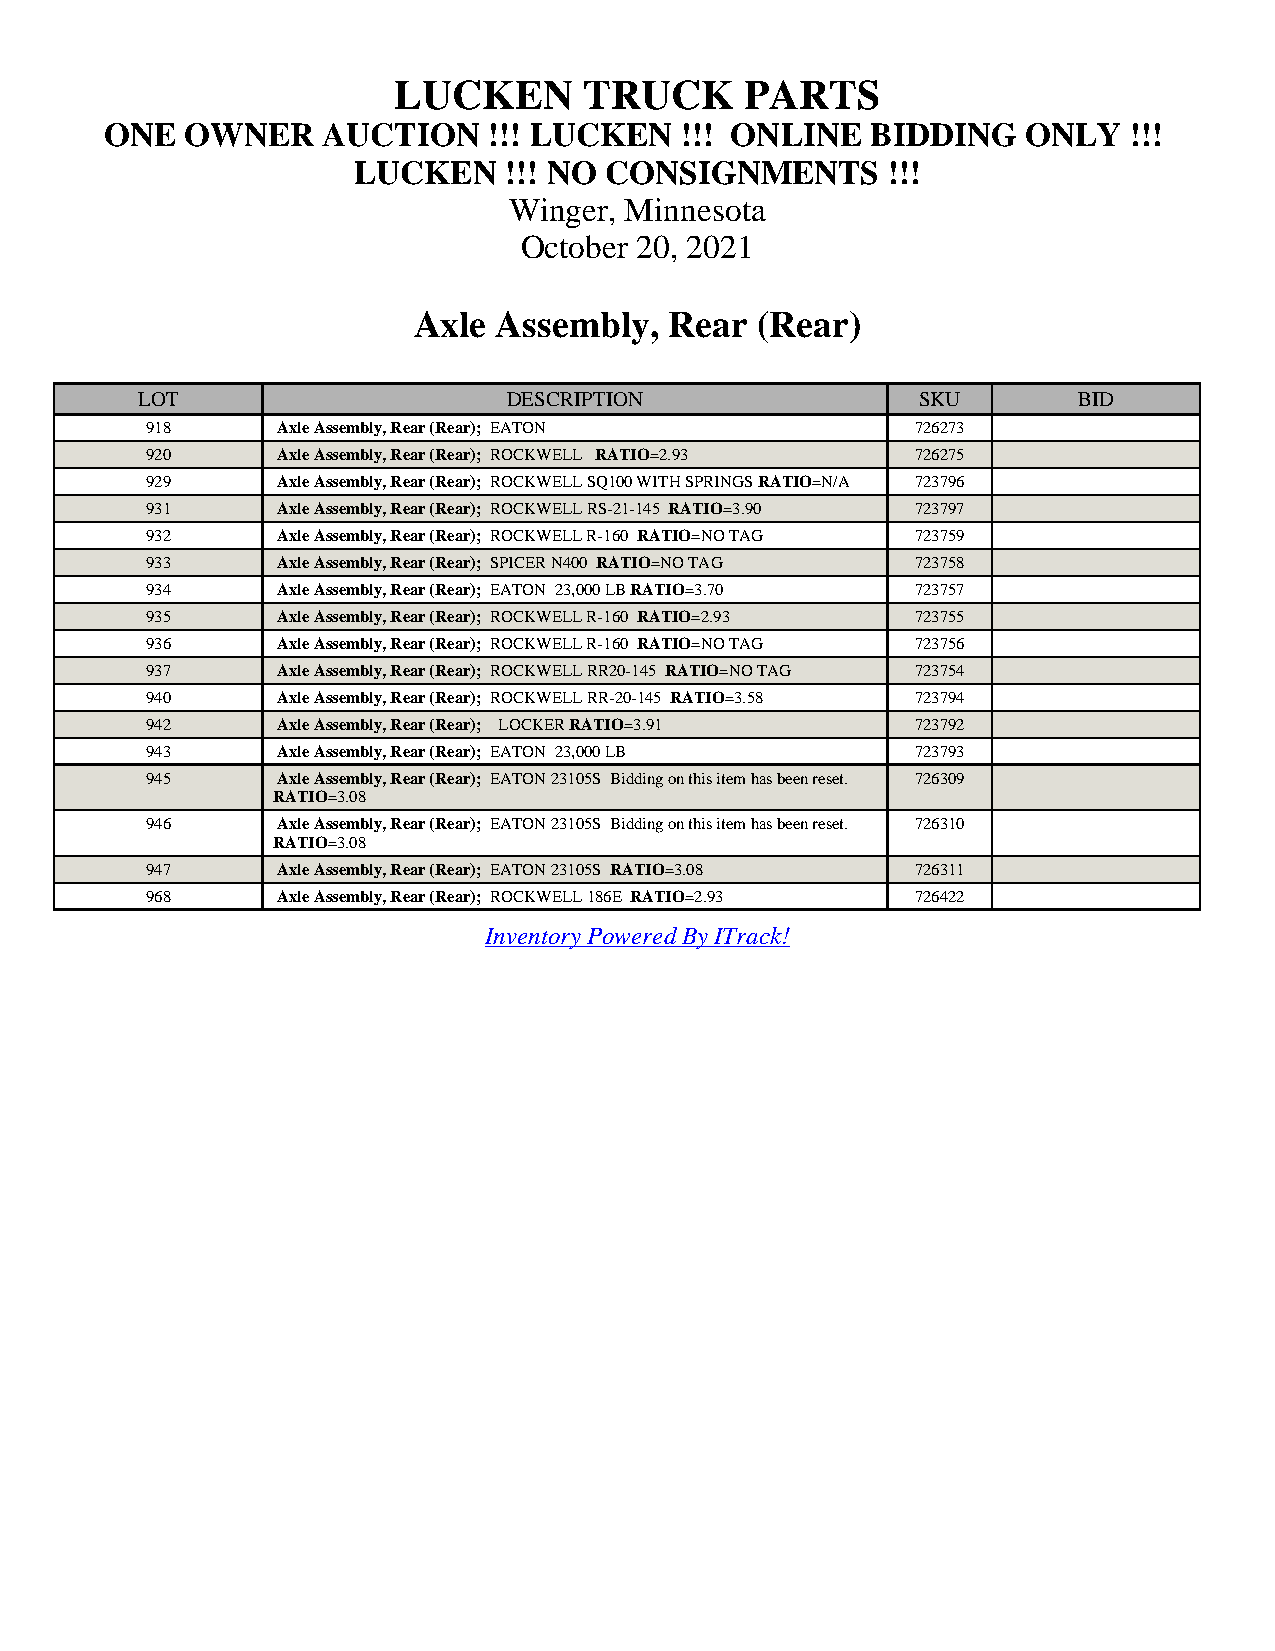
LUCKEN       TRUCK     PARTS
 ONE  OWNER    AUCTION    !!! LUCKEN   !!! ONLINE   BIDDING   ONLY   !!!
 LUCKEN    !!! NO CONSIGNMENTS       !!!
 Winger, Minnesota
 October 20, 2021
 Axle  Assembly,  Rear  (Rear)
 LOT                      DESCRIPTION                SKU       BID
 918     Axle Assembly, Rear (Rear); EATON          726273
 920     Axle Assembly, Rear (Rear); ROCKWELL RATIO=2.93 726275
 929     Axle Assembly, Rear (Rear); ROCKWELL SQ100 WITH SPRINGS RATIO=N/A 723796
 931     Axle Assembly, Rear (Rear); ROCKWELL RS-21-145 RATIO=3.90 723797
 932     Axle Assembly, Rear (Rear); ROCKWELL R-160 RATIO=NO TAG 723759
 933     Axle Assembly, Rear (Rear); SPICER N400 RATIO=NO TAG 723758
 934     Axle Assembly, Rear (Rear); EATON 23,000 LB RATIO=3.70 723757
 935     Axle Assembly, Rear (Rear); ROCKWELL R-160 RATIO=2.93 723755
 936     Axle Assembly, Rear (Rear); ROCKWELL R-160 RATIO=NO TAG 723756
 937     Axle Assembly, Rear (Rear); ROCKWELL RR20-145 RATIO=NO TAG 723754
 940     Axle Assembly, Rear (Rear); ROCKWELL RR-20-145 RATIO=3.58 723794
 942     Axle Assembly, Rear (Rear); LOCKER RATIO=3.91 723792
 943     Axle Assembly, Rear (Rear); EATON 23,000 LB 723793
 945     Axle Assembly, Rear (Rear); EATON 23105S Bidding on this item has been reset. 726309
 RATIO=3.08
 946     Axle Assembly, Rear (Rear); EATON 23105S Bidding on this item has been reset. 726310
 RATIO=3.08
 947     Axle Assembly, Rear (Rear); EATON 23105S RATIO=3.08 726311
 968     Axle Assembly, Rear (Rear); ROCKWELL 186E RATIO=2.93 726422
 Inventory Powered By ITrack!